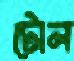
টোল